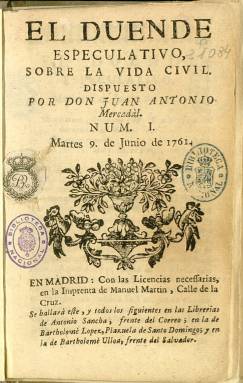
Título: El Duende especulativo sobre la vida civil
Otros títulos: Duende especulativo
Colección: Cultura
Ámbito geográfico: Madrid
Lugar de publicación: Madrid
Fechas: 09/06/1761-19/09/1761

Esta publicación es la precursora de una serie de periódicos como El Pensador y El Censor dedicados en la segunda mitad del siglo XVIII a la crítica de costumbres. Se publicó en 1761 e inició un periodo de relativa libertad de imprenta dentro del régimen absolutista, libertad que terminó con la fuerte censura establecida tras la Revolución Francesa a finales del siglo.

  El Duende especulativo publicó 18 números con periodicidad semanal, de junio a septiembre de 1761. Su autor adoptó el seudónimo de Juan Antonio Mercadal. Bajo este nombre se pensó que se ocultaba Francisco Mariano Nipho, considerado el primer periodista de España, aunque las hipótesis más recientes dan por autor a Juan Enrique Graef, periodista de origen holandés.

En todo caso, en lo que no hay duda es de que este periódico imita a The Spectator, la publicación inglesa que inició este tipo de periodismo de crítica social en Europa en el siglo XVIII. Inglaterra gozaba entonces de un marco político más liberal que los regímenes del Continente.

  Todos los números publicados constan de entre 20 y 30 páginas y el texto es corrido, es decir, que no hay epígrafes que separen partes distintas del discurso, lo que hace un tanto árida la lectura de cada uno de los números. Se encabeza cada uno de ellos con una frase en latín de un autor clásico, conforme con el gusto neoclásico de la época de la Ilustración. El lenguaje es alambicado y exento de claridad a veces.

 En el primer número, al final de texto, el autor hace una advertencia señalando que la fecha de salida de cada número se anunciará en el antecedente sin que haya falta en ello. También afirma que solo se anunciará una vez al mes en la Gaceta y lo justifica diciendo que confía en su éxito. Lo expresa así: ‘El autor se lisonjea que la bondad de la obra será bastante espuela para que se venda…’

   En la colección de la Biblioteca Nacional de España falta el último número, el 18, que trata sobre los maestros de danza.

[Descripción publicada el 15/02/2023]